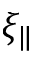
\xi _ { \| }